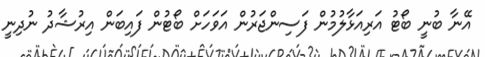
އޭނާ ބުނީ ބޯޓު އަރިއަޅާލުމުން ފަސިންޖަރުން އަވަހަށް ބޯޓުން ފައިބަން އިރުޝާދު ނުދިނީ